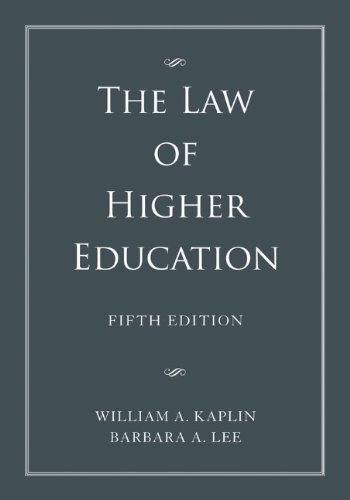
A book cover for The Law of Higher Education, 2 Volume Set; William A. Kaplin; Education & Teaching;